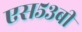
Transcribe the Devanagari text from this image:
एस५३बी